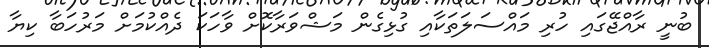
ބުނީ ރާއްޖޭގައި ހުރި މައްސަލަތަކާއި ގުޅިގެން މަޝްވަރާކޮށް ވާހަކަ ދެއްކުމަށް މަރުހަބާ ކިޔާ